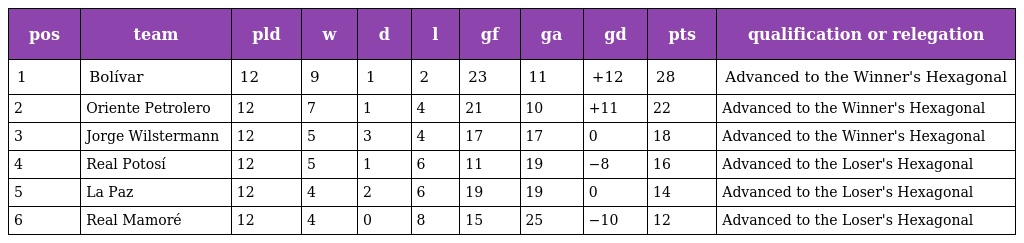
| pos | team | pld | w | d | l | gf | ga | gd | pts | qualification or relegation |
 | --- | --- | --- | --- | --- | --- | --- | --- | --- | --- | --- |
 | 1 | Bolívar | 12 | 9 | 1 | 2 | 23 | 11 | +12 | 28 | Advanced to the Winner's Hexagonal |
 | 2 | Oriente Petrolero | 12 | 7 | 1 | 4 | 21 | 10 | +11 | 22 | Advanced to the Winner's Hexagonal |
 | 3 | Jorge Wilstermann | 12 | 5 | 3 | 4 | 17 | 17 | 0 | 18 | Advanced to the Winner's Hexagonal |
 | 4 | Real Potosí | 12 | 5 | 1 | 6 | 11 | 19 | −8 | 16 | Advanced to the Loser's Hexagonal |
 | 5 | La Paz | 12 | 4 | 2 | 6 | 19 | 19 | 0 | 14 | Advanced to the Loser's Hexagonal |
 | 6 | Real Mamoré | 12 | 4 | 0 | 8 | 15 | 25 | −10 | 12 | Advanced to the Loser's Hexagonal |